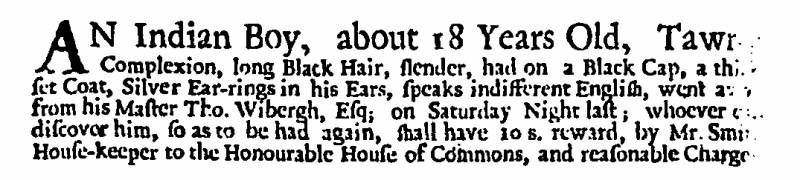
Post Boy (1695), 5 April 1711 (England)
AN Indian Boy, about 18 Years Old, Tawny Complexion, long Black Hair, slender, had on a Black Cap, a thickset Coat, Silver Ear-rings in his Ears, speaks indifferent English, went away from his Master Tho. Wibergh, Esq; on Saturday Night last; whoever can discover him, so as to be had again, shall have 10 s. reward, by Mr. Smith House-keeper to the Honourable House of Commons, and reasonable Charges.